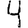
Digit: 4